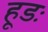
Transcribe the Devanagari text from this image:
हूडः